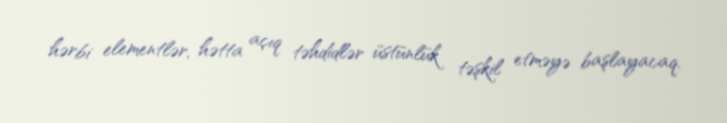
hərbi elementlər, hətta açıq təhdidlər üstünlük təşkil etməyə başlayacaq.